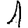
Digit: 1